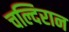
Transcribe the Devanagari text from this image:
चल्दिरान